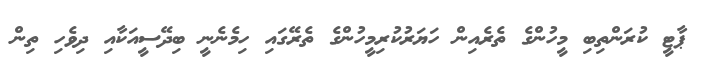
ޕާޓީ ކުރަންތިބި މީހުންގެ ތެރެއިން ހަޔަރުކުރިމީހުންގެ ތެރޭގައި ހިމެނެނީ ބިދޭސީއަކާއި ދިވެހި ތިން